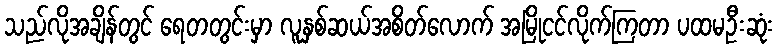
သည်လိုအချိန်တွင် ရေတတွင်းမှာ လူနှစ်ဆယ်အစိတ်လောက် အမြိုငင်လိုက်ကြတာ ပထမဦးဆုံး